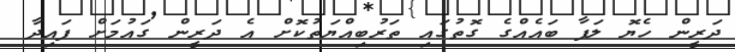
ދަރީން ހެޔޮ ލަފާ ބައެއްގެ ގޮތުގައި ތަރުބިއްޔަތުކޮށް އެ ދަރީން ގައުމަށް ފައިދާ